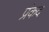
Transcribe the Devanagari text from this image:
प्रंकद